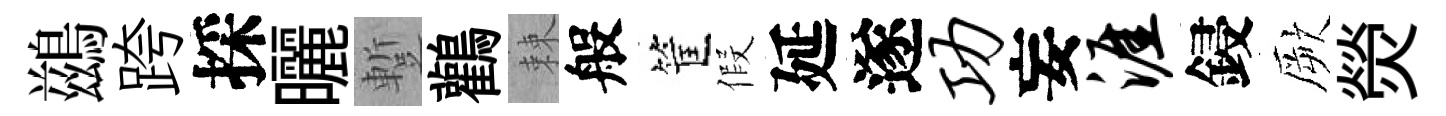
鷀跨採曬蹔鸛棘般筐假延遂功妄涯鋟厥熒